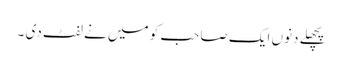
پچھلے دنوں ایک صاحب کو میں نے لفٹ دی ۔